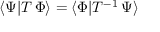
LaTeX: \langle \Psi | T \, \Phi \rangle = \langle \Phi | T ^ { - 1 } \, \Psi \rangle